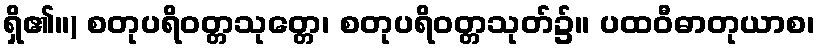
ရှိ၏။) စတုပရိဝတ္တသုတ္တေ၊ စတုပရိဝတ္တသုတ်၌။ ပထဝီဓာတုယာစ၊